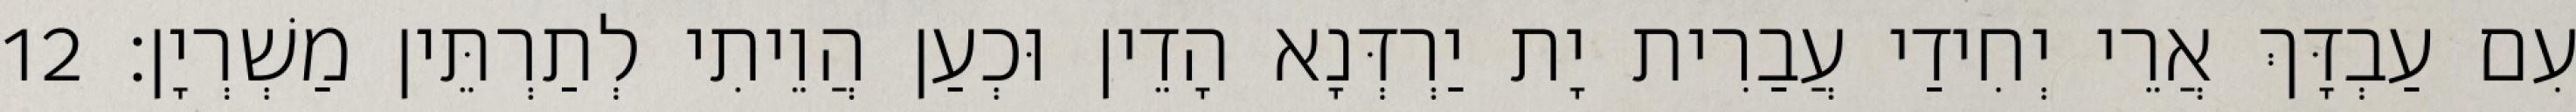
עִם עַבְדָּךְ אֲרֵי יְחִידַי עֲבַרִית יָת יַרְדְּנָא הָדֵין וּכְעַן הֲוֵיתִי לְתַרְתֵּין מַשְׁרְיָן׃ 12